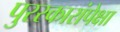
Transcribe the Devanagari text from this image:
पुरस्कारांपेक्षा